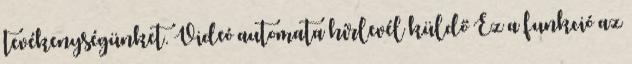
tevékenységünket. Videó automata hírlevél küldő Ez a funkció az